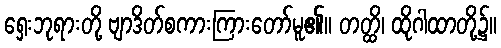
ရှေးဘုရားတို့ ဗျာဒိတ်စကားကြားတော်မူ၏။ တတ္ထိ၊ ထိုဂါထာတို့၌။